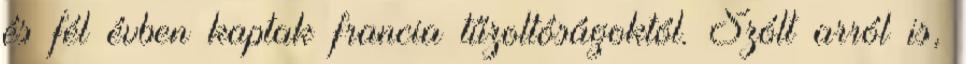
és fél évben kaptak francia tűzoltóságoktól. Szólt arról is,